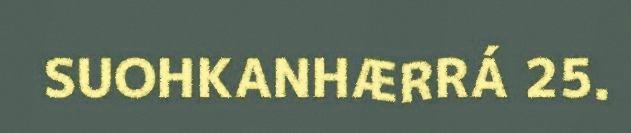
SUOHKANHÆRRÁ 25.